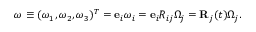
\begin{array} { r } { { \boldsymbol \omega } \equiv ( \omega _ { 1 } , \omega _ { 2 } , \omega _ { 3 } ) ^ { T } = { \bf e } _ { i } \omega _ { i } = { \bf e } _ { i } R _ { i j } \Omega _ { j } = { \bf R } _ { j } ( t ) \Omega _ { j } . } \end{array}